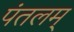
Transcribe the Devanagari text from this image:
पंतलम्